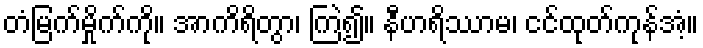
တံမြက်မှိုက်ကို။ အာကိရိတွာ၊ ကြဲ၍။ နီဟရိဿာမ၊ ငင်ထုတ်ကုန်အံ့။